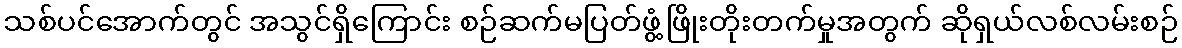
သစ်ပင်အောက်တွင် အသွင်ရှိကြောင်း စဉ်ဆက်မပြတ်ဖွံ့ဖြိုးတိုးတက်မှုအတွက် ဆိုရှယ်လစ်လမ်းစဉ်